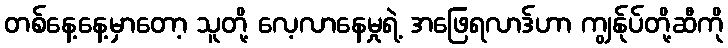
တစ်နေ့နေ့မှာတော့ သူတို့ လေ့လာနေမှုရဲ့ အဖြေရလာဒ်ဟာ ကျွန်ုပ်တို့ဆီကို